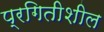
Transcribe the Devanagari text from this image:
प्रगितीशील